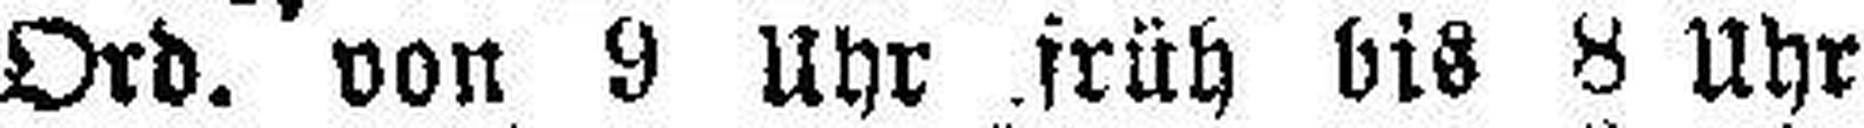
Ord. von 9 Uhr früh bis 8 Uhr